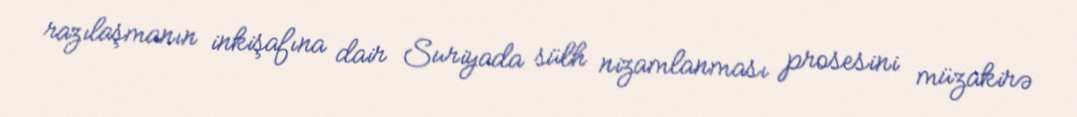
razılaşmanın inkişafına dair Suriyada sülh nizamlanması prosesini müzakirə